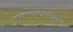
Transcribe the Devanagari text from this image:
मघवल्लालाममञ्जुप्रभ